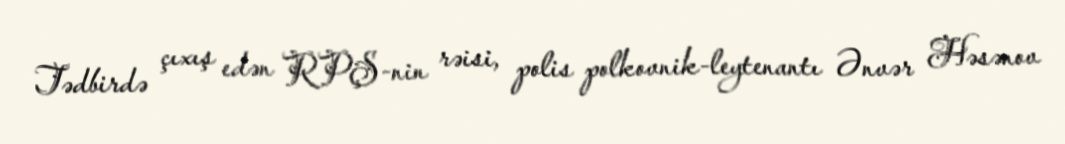
Tədbirdə çıxış edən RPŞ-nin rəisi, polis polkovnik-leytenantı Ənvər Həsənov